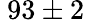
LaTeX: ~93\pm 2